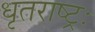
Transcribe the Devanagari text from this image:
धृतराष्ट्रः